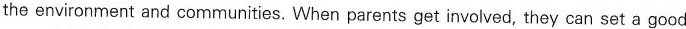
the environment and communities. When parents get involved, they can set a good